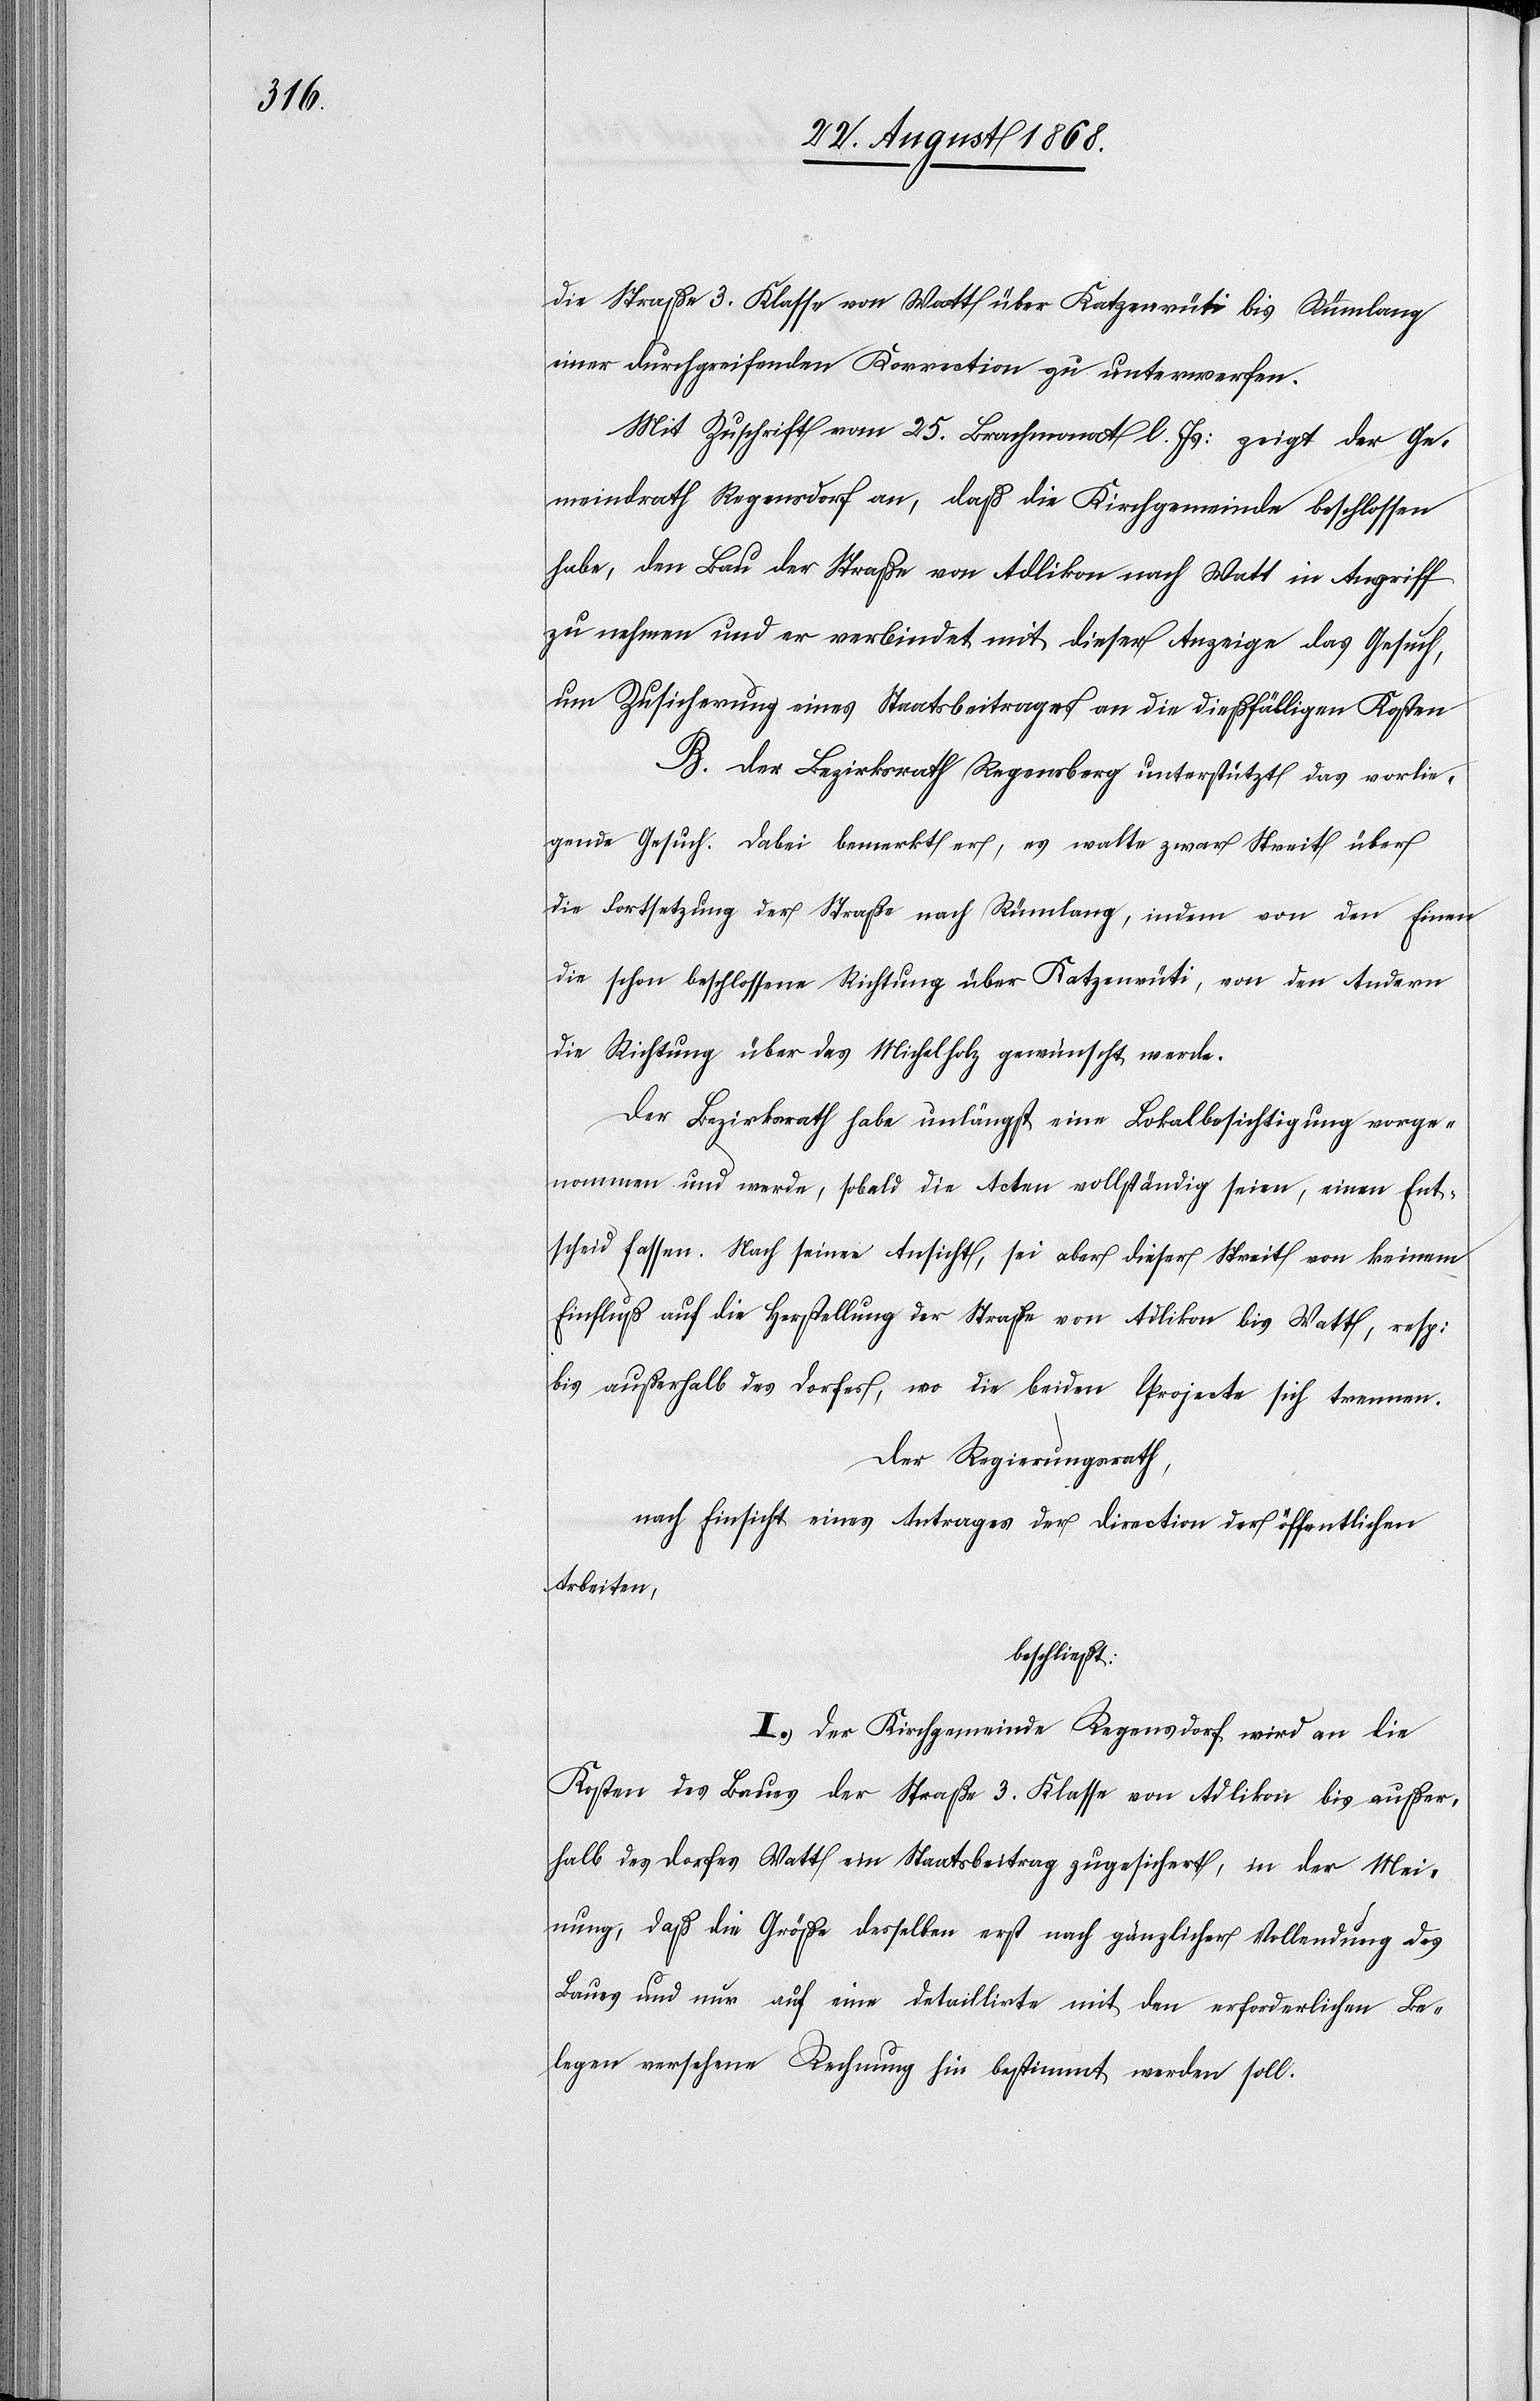
die Straße 3. Klasse von Watt über Katzenrüti bis Rümlang
einer durchgreifenden Korrection zu unterwerfen.
Mit Zuschrift vom 25. Brachmonat l. Js: zeigt der Ge¬
meindrath Regensdorf an, daß die Kirchgemeinde beschlossen
habe, den Bau der Straße von Adlikon nach Watt in Angriff
zu nehmen und er verbindet mit dieser Anzeige das Gesuch,
um Zusicherung eines Staatsbeitrages an die dießfälligen Kosten
B. Der Bezirksrath Regensberg unterstützt das vorlie¬
gende Gesuch. Dabei bemerkt er, es walte zwar Streit über
die Fortsetzung der Straße nach Rümlang, indem von den Einen
die schon beschlossene Richtung über Katzenrüti, von den Andern
die Richtung über das Michelholz gewünscht werde.
Der Bezirksrath habe unlängst eine Lokalbesichtigung vorge¬
nommen und werde, sobald die Acten vollständig seien, einen Ent¬
scheid fassen. Nach seiner Ansicht, sei aber dieser Streit von keinem
Einfluß auf die Herstellung der Straße von Adlikon bis Watt, resp:
bis außerhalb des Dorfes, wo die beiden Projecte sich trennen.
Der Regierungsrath,
nach Einsicht eines Antrages der Direction der öffentlichen
Arbeiten,
beschließt:
I. Der Kirchgemeinde Regensdorf wird an die
Kosten des Baues der Straße 3. Klasse von Adlikon bis außer¬
halb des Dorfes Watt ein Staatsbeitrag zugesichert, in der Mei¬
nung, daß die Größe desselben erst nach gänzlicher Vollendung des
Baues und nur auf eine detaillirte mit den erforderlichen Be¬
legen versehene Rechnung hin bestimmt werden soll.